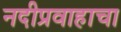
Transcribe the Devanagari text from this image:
नदीप्रवाहाचा